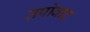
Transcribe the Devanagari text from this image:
तपोवाद